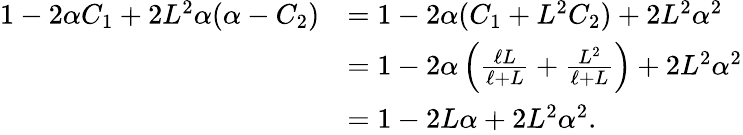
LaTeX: \begin{array}{rl}{1-2\alpha C_{1}+2L^{2}\alpha(\alpha-C_{2})}&{=1-2\alpha(C_{1}+L^{2}C_{2})+2L^{2}\alpha^{2}}\\ &{=1-2\alpha\left(\frac{\ell L}{\ell+L}+\frac{L^{2}}{\ell+L}\right)+2L^{2}\alpha^{2}}\\ &{=1-2L\alpha+2L^{2}\alpha^{2}.}\end{array}